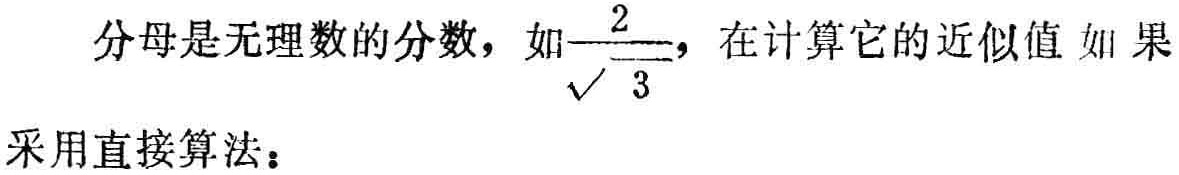
分母是无理数的分数，如$\frac{2}{\sqrt{3}}$，在计算它的近似值如果采用直接算法：